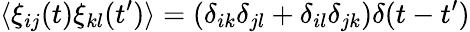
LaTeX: \langle\xi_{ij}(t)\xi_{kl}(t^{\prime})\rangle=\left(\delta_{ik}\delta_{jl}+\delta_{il}\delta_{jk}\right)\delta(t-t^{\prime})